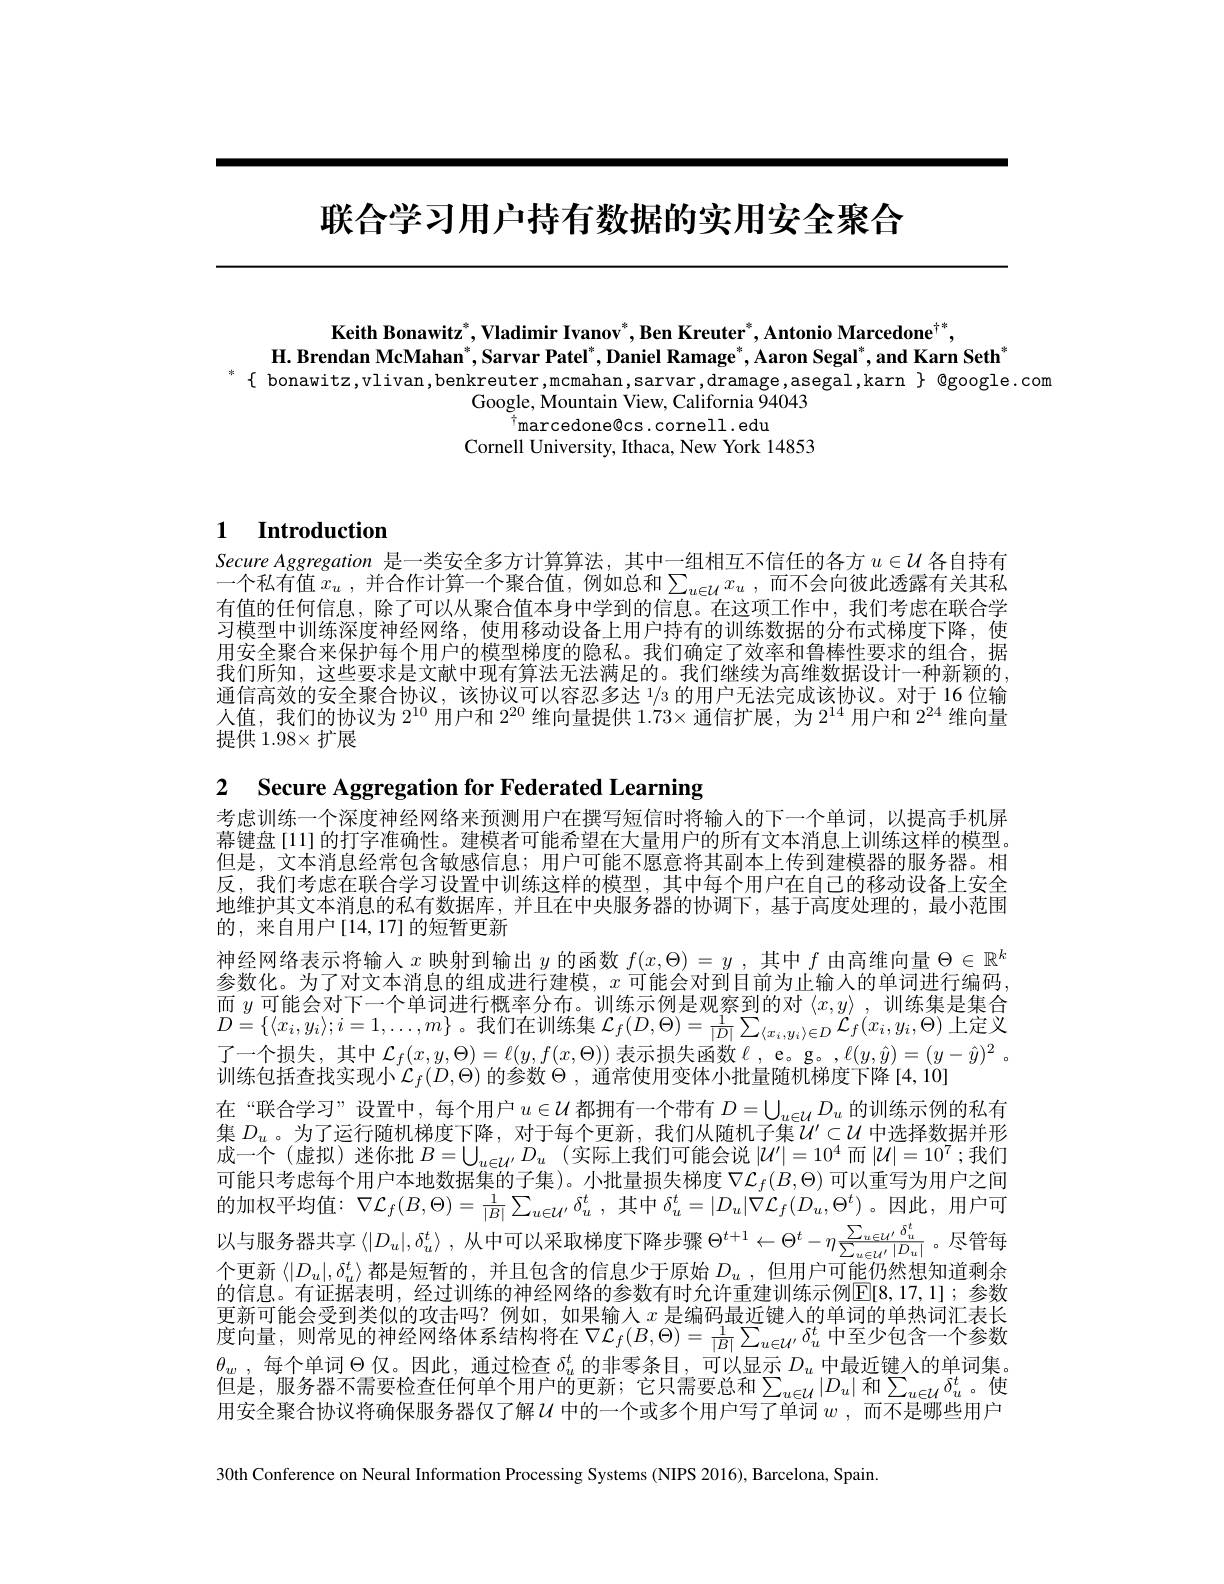
# 联合学习用户持有数据的实用安全聚合

$\mathbf{Keith~Bonawitz}^*,\mathbf{Vladimir~Ivanov}^*,\mathbf{Ben~Kreuter}^*,\mathbf{Antonio~Marcedone}^{\dagger*}$,
H. Brendan McMahan", Sarvar Patel", Daniel Ramage", Aaron Segal", and Karn Seth"
$^*\{$ bonawitz,vlivan,benkreuter,mcmahan,sarvar,dramage,asegal,karn $\}$ @google.com

Google, Mountain View, California 94043
$^{\dagger}$marcedone@cs.cornell.edu
Cornell University, Ithaca, New York 14853

# 1 Introduction

Secure Aggregation 是一类安全多方计算算法，其中一组相互不信任的各方$u\in\mathcal{U}$各自持有一个私有值 $x_u$ ,并合作计算一个聚合值，例如总和$\sum_u\in\mathcal{U}x_u$ ,而不会向彼此透露有关其私有值的任何信息，除了可以从聚合值本身中学到的信息。在这项工作中，我们考虑在联合学习模型中训练深度神经网络，使用移动设备上用户持有的训练数据的分布式梯度下降，使用安全聚合来保护每个用户的模型梯度的隐私。我们确定了效率和鲁棒性要求的组合，据我们所知，这些要求是文献中现有算法无法满足的。我们继续为高维数据设计一种新颖的， 通信高效的安全聚合协议，该协议可以容忍多达 1/3 的用户无法完成该协议。对于 16 位输人值，我们的协议为$2^10$ 用 户 和 $2^{20}$维向量提供$1.73\times$通信扩展，为$2^14$用户和$2^{24}$维向量提供 1.98× 扩展

2 $\textbf{Secure Aggregation for Federated Learning}$
考虑训练一个深度神经网络来预测用户在撰写短信时将输入的下一个单词，以提高手机屏幕键盘[11]的打字准确性。建模者可能希望在大量用户的所有文本消息上训练这样的模型。但是，文本消息经常包含敏感信息；用户可能不愿意将其副本上传到建模器的服务器。相反，我们考虑在联合学习设置中训练这样的模型，其中每个用户在自己的移动设备上安全地维护其文本消息的私有数据库，并且在中央服务器的协调下，基于高度处理的，最小范围的，来自用户[14,17]的短暂更新
神经网络表示将输入$x$映射到输出$y$的函数$f(x,\Theta)=y$ ,其中$f$由高维向量$\Theta\in\mathbb{R}^k$ 参数化。为了对文本消息的组成进行建模，$x$可能会对到目前为止输入的单词进行编码而$y$可能会对下一个单词进行概率分布。训练示例是观察到的对$\langle x,y\rangle$,训练集是集合${\mathcal D}=\{\langle x_{i},y_{i}\rangle;i=1,\ldots,m\}$。我们在训练集${\mathcal L}_f(D,\Theta)=\frac1{|D|}\sum_{\langle x_{i},y_{i}\rangle\in D}{\mathcal L}_{f}(x_{i},y_{i},\Theta)$ 上定义了一个损失，其中$\mathcal{L}_f(x,y,\Theta)=\ell(y,f(x,\Theta))$表示损失函数$\ell$ , e。g。$,\ell(y,\hat{y})=(y-\hat{y})^2$ 。训练包括查找实现小$\mathcal{L}_f(D,\Theta)$的参数$\Theta$,通常使用变体小批量随机梯度下降[4,10]
在“联合学习”设置中，每个用户$u\in\mathcal{U}$都拥有一个带有$D=\bigcup_u\in\mathcal{U}D_u$的训练示例的私有集 $D_u$ 。为了运行随机梯度下降，对于每个更新，我们从随机子集$U^{\prime}\subset U$ 中选择数据并形成一个(虚拟)迷你批 $B= \bigcup _u\in \mathcal{U} ^{\prime }D_u$ (实际上我们可能会说$|\mathcal{U}^\prime|=10^4$ 而$|\mathcal{U}|=10^7$;我们可能只考虑每个用户本地数据集的子集)。小批量损失梯度$\nabla\mathcal{L}_f(B,\Theta)$可以重写为用户之间的加权平均值：$\nabla \mathcal{L} _f( B, \Theta ) = \frac 1{| B| }\sum _{u\in \mathcal{U} ^{\prime }}\delta _u^t$ ,其中$\delta_u^t=|D_u|\nabla\mathcal{L}_f(D_u,\Theta^t)$。因此，用户可以与服务器共享$\left\langle|D_u|,\delta_u^t\right\rangle$,从中可以采取梯度下降步骤$\Theta^t+1\leftarrow\Theta^t-\eta\frac{\sum_{u\in\mathcal{U}^{\prime}}\delta_u^t}{\sum_{u\in\mathcal{U}^{\prime}}|D_u|}$。尽管每个更新$\langle|D_u|,\delta_u^t\rangle$都是短暂的，并且包含的信息少于原始$D_u$ , 但用户可能仍然想知道剩余的信息。有证据表明，经过训练的神经网络的参数有时允许重建训练示例$\boxed{\mathrm{E}[8,17,1]};$ 参数更新可能会受到类似的攻击吗？例如，如果输人$x$是编码最近键人的单词的单热词汇表长度向量，则常见的神经网络体系结构将在$\nabla\mathcal{L}_f(B,\Theta)=\frac1{|B|}\sum_{u\in\mathcal{U}^{\prime}}\delta_u^t$中至少包含一个参数$\theta_w$ ,每个单词$\Theta$仅。因此，通过检查$\delta_u^t$的非零条目，可以显示$D_u$中最近键人的单词集。但 是 , 服 务 器 不 需 要 检 查 任 何 单 个 用 户 的 更 新 ; 它 只 需 要 总 和 $\sum _{u\in \mathcal{U} }| D_u|$ 和 $\sum _{u\in \mathcal{U} }\delta _u^t$。使 用 安 全 聚 合 协 议 将 确 保 服 务 器 仅 了 解 $\mathcal{U}$ 中 的 一 个 或 多 个 用 户 写 了 单 词 $w$, 而 不 是 哪 些 用 户30th Conference on Neural Information Processing Systems (NIPS 2016), Barcelona, Spain.